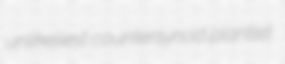
unlikeliest countersynod plantlet